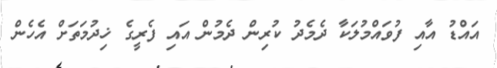
އައްޑު އާއި ފުވައްމުލަކާ ދެމެދު ކުރިން ދެމުން އައި ފެރީގެ ޚިދުމަތަށް އެހެން